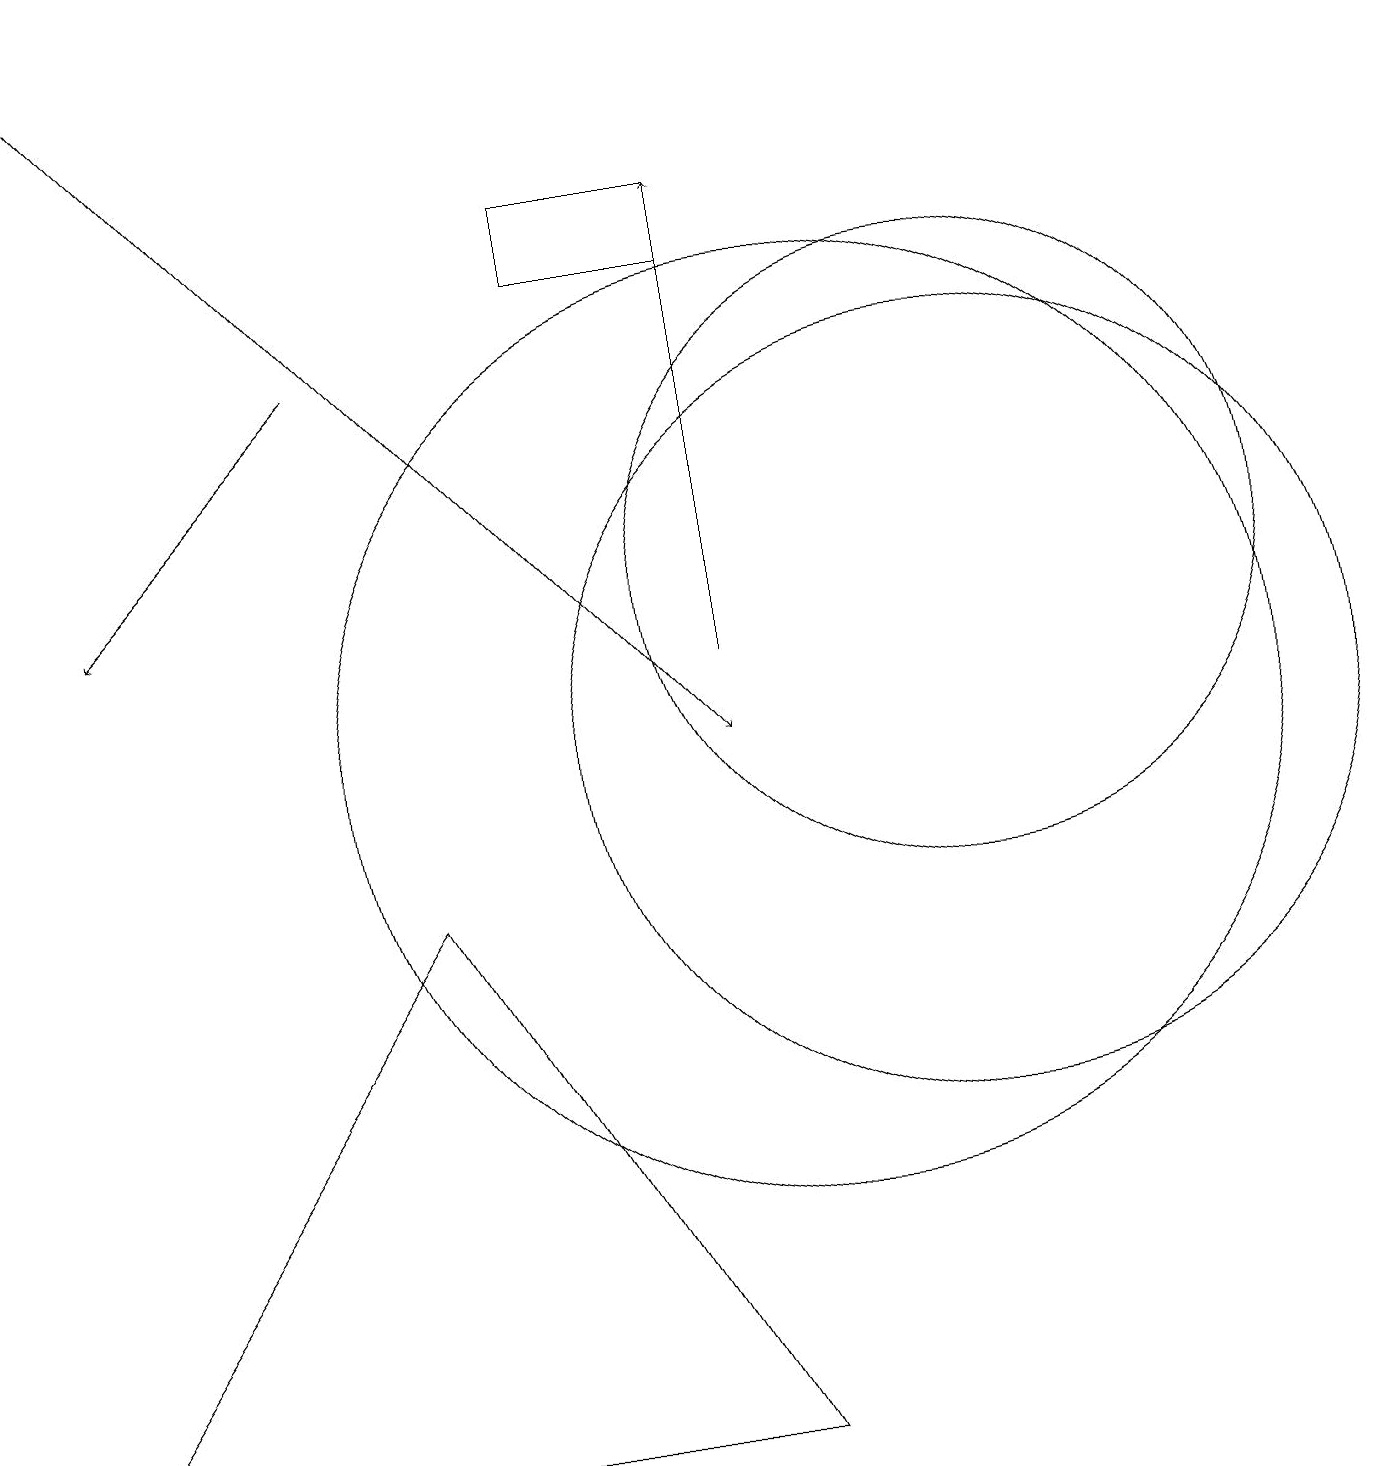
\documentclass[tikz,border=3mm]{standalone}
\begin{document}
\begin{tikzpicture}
\draw[->] (4,15) -- (1,12);
\draw (9,1) -- (5,8) -- (0,1) -- cycle;
\draw (12,12) circle (4);
\draw[->] (9,11) -- (9,17);
\draw[->] (1,19) -- (9,10);
\draw (12,10) circle (5);
\draw (10,10) circle (6);
\draw (9,16) rectangle (7,17);
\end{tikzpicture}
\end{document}